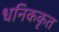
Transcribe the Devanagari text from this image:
धनिककृत